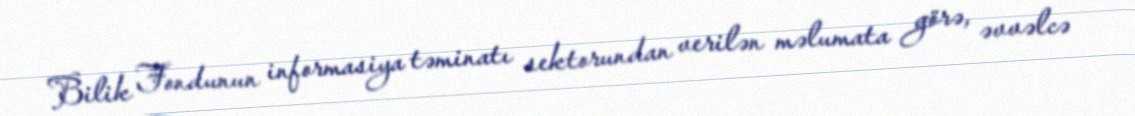
Bilik Fondunun informasiya təminatı sektorundan verilən məlumata görə, əvvəlcə